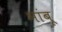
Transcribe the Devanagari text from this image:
भांबू